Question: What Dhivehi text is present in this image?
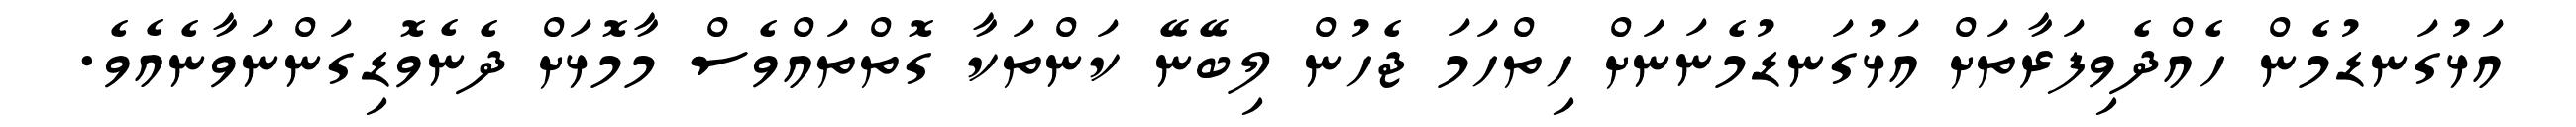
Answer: އަޅުގަނޑުމެން ހެއްދެވިފަރާތަށް އަޅުގަނޑުމެނަނަށް ހިތްހަމަ ޖެހުން ލިބޭނޭ ކަންތަކާ ގޮތްތައްވެސް މާމޮޅަށް ދެނެވޮޑިގަންނަވާނެއެވެ.